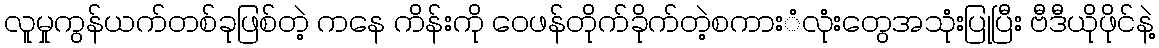
လူမှုကွန်ယက်တစ်ခုဖြစ်တဲ့ ကနေ ကိန်းကို ဝေဖန်တိုက်ခိုက်တဲ့စကားံလုံးတွေအသုံးပြုပြီး ဗီဒီယိုဖိုင်နဲ့